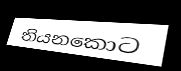
තියනකොට